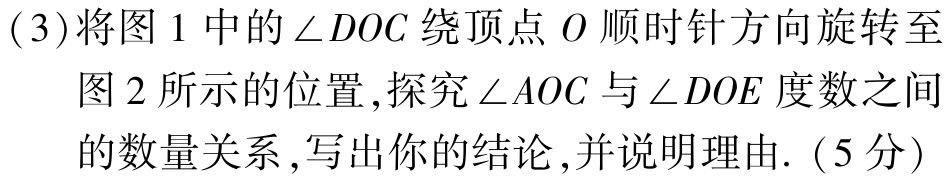
(3)将图1中的$\angle DOC$绕顶点$O$顺时针方向旋转至
图2所示的位置,探究$\angle AOC$与$\angle DOE$度数之间
的数量关系,写出你的结论,并说明理由.（5分）